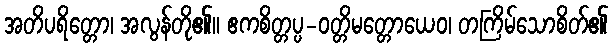
အတိပရိတ္တော၊ အလွန်တို၏။ ဧကစိတ္တပ္ပ-ဝတ္တိမတ္တောယေဝ၊ တကြိမ်သောစိတ်၏